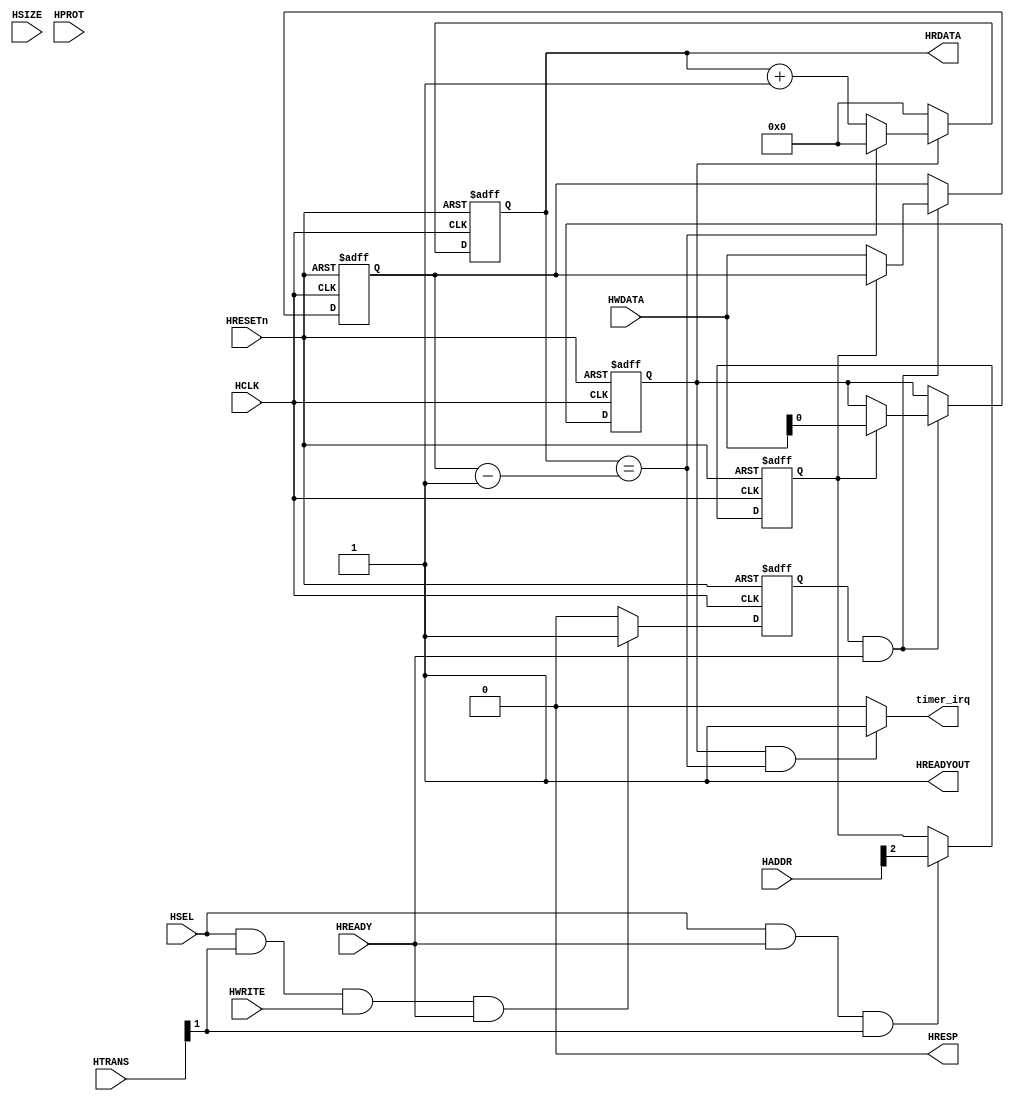
module AHBlite_Timer(
    input  wire          HCLK,    
    input  wire          HRESETn, 
    input  wire          HSEL,    
    input  wire   [31:0] HADDR,   
    input  wire    [1:0] HTRANS,  
    input  wire    [2:0] HSIZE,   
    input  wire    [3:0] HPROT,   
    input  wire          HWRITE,  
    input  wire   [31:0] HWDATA,  
    input  wire          HREADY,  
    output wire          HREADYOUT, 
    output wire   [31:0] HRDATA,  
    output wire          HRESP,
    output wire          timer_irq	
);

assign HRESP = 1'b0;
assign HREADYOUT = 1'b1;

wire read_en;
assign read_en=HSEL&HTRANS[1]&(~HWRITE)&HREADY;

wire write_en;
assign write_en=HSEL&HTRANS[1]&(HWRITE)&HREADY;

reg rd_en_reg;
always@(posedge HCLK or negedge HRESETn) begin
  if(~HRESETn) rd_en_reg <= 1'b0;
  else if(read_en) rd_en_reg <= 1'b1;
  else rd_en_reg <= 1'b0;
end

reg wr_en_reg;
always@(posedge HCLK or negedge HRESETn) begin
  if(~HRESETn) wr_en_reg <= 1'b0;
  else if(write_en) wr_en_reg <= 1'b1;
  else  wr_en_reg <= 1'b0;
end

reg addr_reg;
always@(posedge HCLK or negedge HRESETn) begin
  if(~HRESETn) addr_reg <= 1'b0;
  else if(HSEL & HREADY & HTRANS[1]) addr_reg <= HADDR[2];
end

reg [31:0] load;     //0x00
reg		   enable;   //0x04

always@(posedge HCLK or negedge HRESETn)
  if(~HRESETn) 
    begin
	  load   <= 32'h0000_0000;
      enable <= 1'b0;
    end 
  else if(wr_en_reg && HREADY) 
    begin
      if(~addr_reg)
        load   <= HWDATA;
      else    
        enable <= HWDATA[0];
    end


reg [31:0] value;   //0x08

always@(posedge HCLK or negedge HRESETn)
  if(~HRESETn) 
	value <= 32'h0000_0000;
  else if(enable == 1'b1)
	begin
	  if(value == load - 1'b1)
		value <= 32'h0000_0000;
	  else 
		value <= value + 1'b1;
	end
  else if(enable == 1'b0)
	value <= 32'h0000_0000;
	

assign HRDATA = value;

assign timer_irq = ((enable == 1'b1) && (value == load - 1'b1)) ? 1'b1 : 1'b0;

endmodule